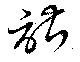
諶